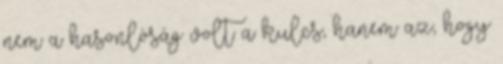
nem a hasonlóság volt a kulcs, hanem az, hogy